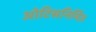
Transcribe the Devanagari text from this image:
ओटिसनिर्मित